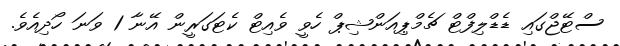
ސްޓޭޖްގައި ޑެޑްލިފްޓް ޗެމްޕިއަންޝިޕް ހެވީ ވެއިޓް ކެޓަގަރީން އޭނާ 1 ވަނަ ހޯދިއެވެ.